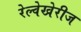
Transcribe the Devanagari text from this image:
रेल्वेखेरीज